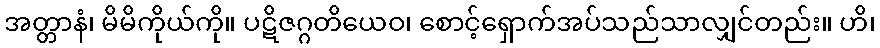
အတ္တာနံ၊ မိမိကိုယ်ကို။ ပဋိဇဂ္ဂတိယေဝ၊ စောင့်ရှောက်အပ်သည်သာလျှင်တည်း။ ဟိ၊